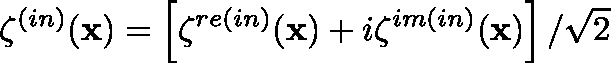
\mathbf { \zeta } ^ { ( i n ) } ( \mathbf { x } ) = \left[ \mathbf { \zeta } ^ { r e ( i n ) } ( \mathbf { x } ) + i \mathbf { \zeta } ^ { i m ( i n ) } ( \mathbf { x } ) \right] / \sqrt { 2 }